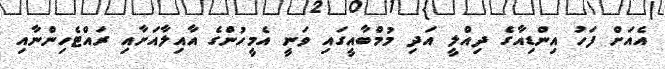
އެއަށް ފަހު އިންޑިއާގެ ދިއްލީ އަދި މުމްބާއީގައި ވަނީ އެމީހުންގެ އާއިލާއަށާއި ރައްޓެހިންނާއި